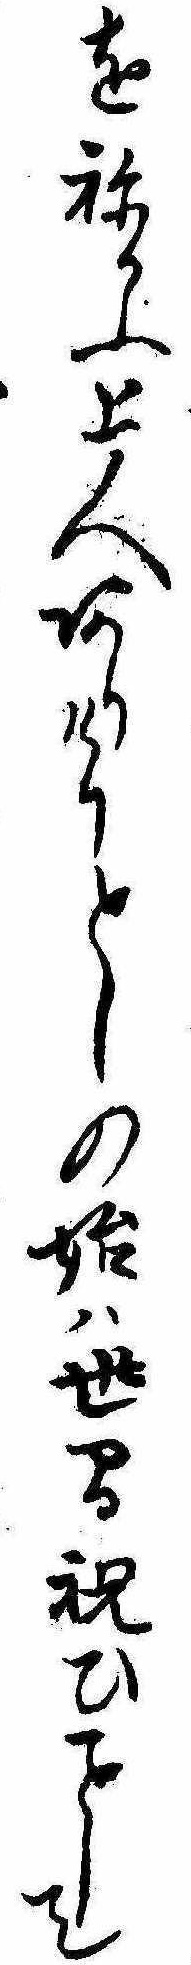
をねかふ上人ありけりとしの始は世間祝ひして